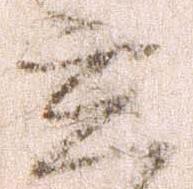
立